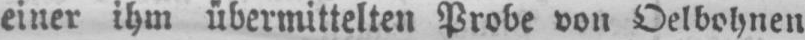
einer ihm übermittelten Probe von Oelbohnen